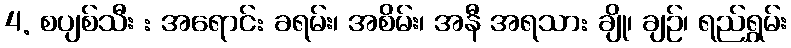
4. စပျစ်သီး : အရောင်: ခရမ်း၊ အစိမ်း၊ အနီ အရသာ: ချို၊ ချဉ်၊ ရည်ရွှမ်း